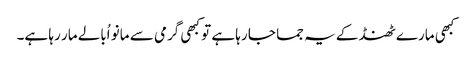
کبھی مارے ٹھنڈ کے یہ جما جا رہا ہے تو کبھی گرمی سے مانو اُبالے مار رہا ہے۔